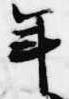
年